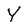
Character: Y